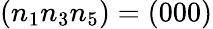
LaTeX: (n_{1}n_{3}n_{5})=(000)